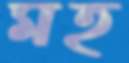
মহ